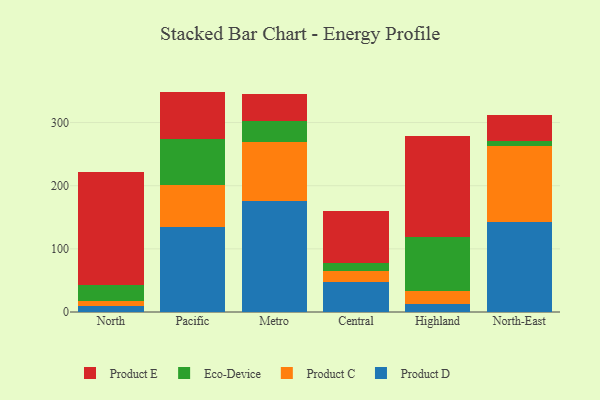
{"axis": {"x": "Region", "y": "Revenue (USD Million)"}, "legend": ["Eco-Device", "Product C", "Product D", "Product E"], "data": [{"x": "North", "y": 9.9, "type": "Product D"}, {"x": "North", "y": 6.8, "type": "Product C"}, {"x": "North", "y": 26.5, "type": "Eco-Device"}, {"x": "North", "y": 179.1, "type": "Product E"}, {"x": "Pacific", "y": 134.3, "type": "Product D"}, {"x": "Pacific", "y": 66.9, "type": "Product C"}, {"x": "Pacific", "y": 72.8, "type": "Eco-Device"}, {"x": "Pacific", "y": 75.0, "type": "Product E"}, {"x": "Metro", "y": 175.0, "type": "Product D"}, {"x": "Metro", "y": 93.5, "type": "Product C"}, {"x": "Metro", "y": 34.4, "type": "Eco-Device"}, {"x": "Metro", "y": 42.3, "type": "Product E"}, {"x": "Central", "y": 46.8, "type": "Product D"}, {"x": "Central", "y": 18.9, "type": "Product C"}, {"x": "Central", "y": 11.5, "type": "Eco-Device"}, {"x": "Central", "y": 83.0, "type": "Product E"}, {"x": "Highland", "y": 12.5, "type": "Product D"}, {"x": "Highland", "y": 20.2, "type": "Product C"}, {"x": "Highland", "y": 86.6, "type": "Eco-Device"}, {"x": "Highland", "y": 158.9, "type": "Product E"}, {"x": "North-East", "y": 143.1, "type": "Product D"}, {"x": "North-East", "y": 120.5, "type": "Product C"}, {"x": "North-East", "y": 7.0, "type": "Eco-Device"}, {"x": "North-East", "y": 41.3, "type": "Product E"}]}